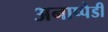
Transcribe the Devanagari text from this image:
अनाप्पेडी